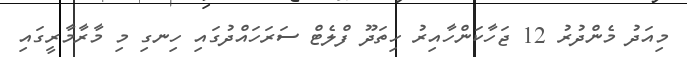
މިއަދު މެންދުރު 12 ޖަހާކަންހާއިރު ހިތަދޫ ފްލެޓް ސަރަހައްދުގައި ހިނގި މި މާރާމާރީގައި